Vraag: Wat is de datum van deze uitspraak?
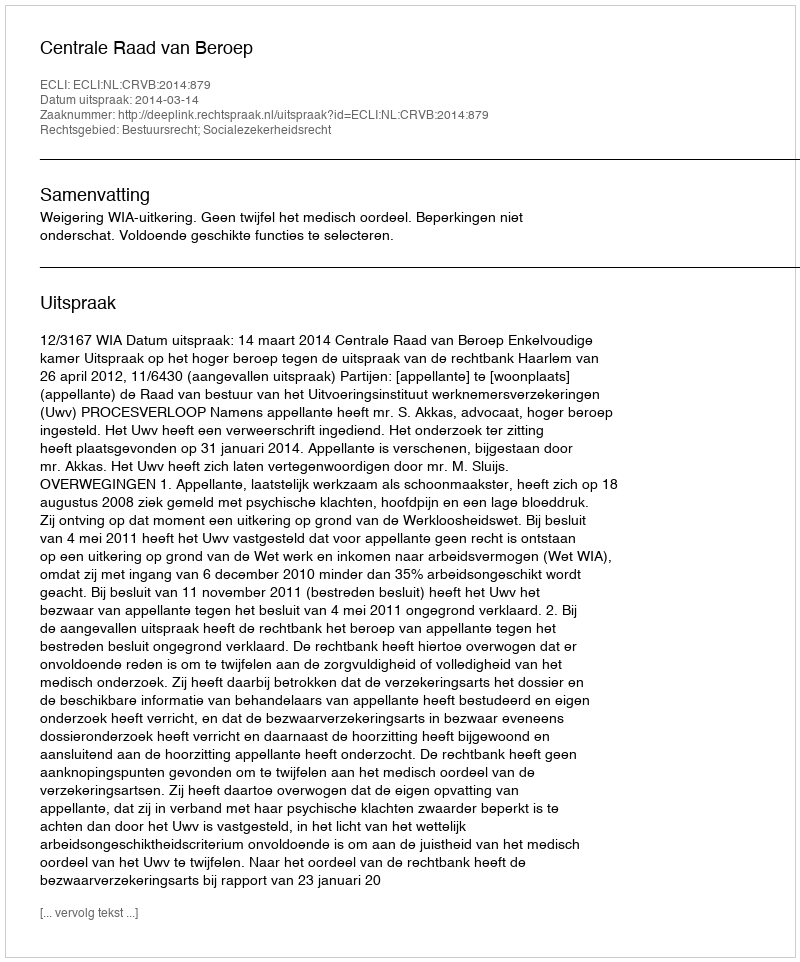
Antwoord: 2014-03-14